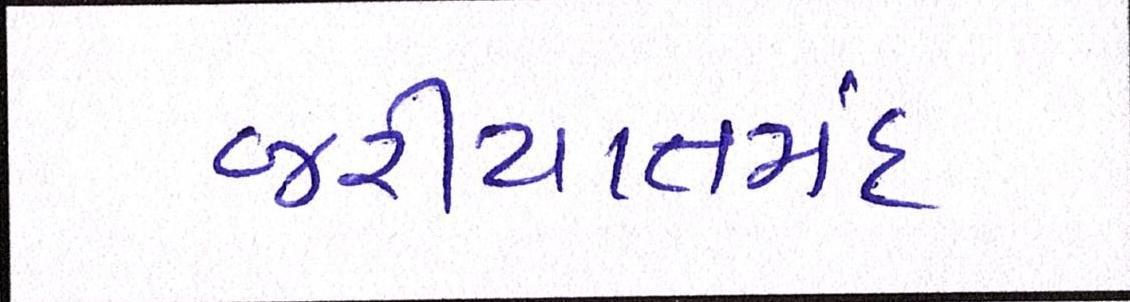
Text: જરીયાતમંદ